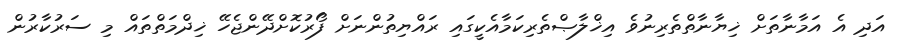
އަދި އެ އަމާނާތަށް ޚިޔާނާތްތެރިނުވެ އިޚްލާޞްތެރިކަމާއެކީގައި ރައްޔިތުންނަށް ފޯރުކޮށްދޭންޖެހޭ ޚިދްމަތްތައް މި ސަރުކާރުން